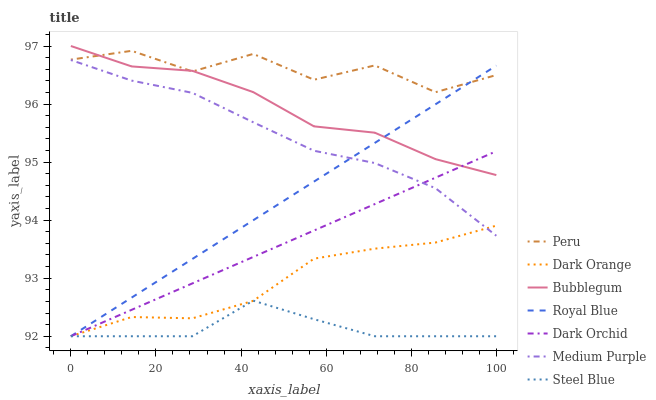
| xaxis_label | Peru | Dark Orange | Bubblegum | Royal Blue | Dark Orchid | Medium Purple | Steel Blue |
 | --- | --- | --- | --- | --- | --- | --- | --- |
 | 0 | 96.8 | 92 | 97 | 92 | 92 | 96.8 | 92 |
 | 14.3 | 96.9 | 92.3 | 96.6 | 92.7 | 92.5 | 96.4 | 92 |
 | 28.6 | 96.6 | 92.3 | 96.6 | 93.3 | 92.9 | 96.2 | 92 |
 | 42.9 | 96.9 | 92.6 | 96.2 | 94 | 93.4 | 95.7 | 92.6 |
 | 57.1 | 96.4 | 93.3 | 95.6 | 94.7 | 93.8 | 95.2 | 92.3 |
 | 71.4 | 96.7 | 93.5 | 95.5 | 95.3 | 94.3 | 95 | 92 |
 | 85.7 | 96.2 | 93.6 | 95.1 | 96 | 94.7 | 94.5 | 92 |
 | 100 | 96.5 | 93.9 | 94.8 | 96.7 | 95.2 | 93.7 | 92 |